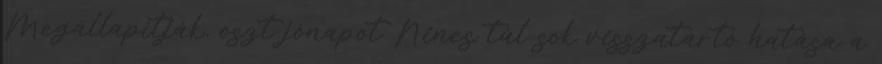
Megállapítják, oszt jónapot Nincs túl sok visszatartó hatása a